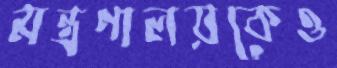
মন্ত্রণালয়কেও